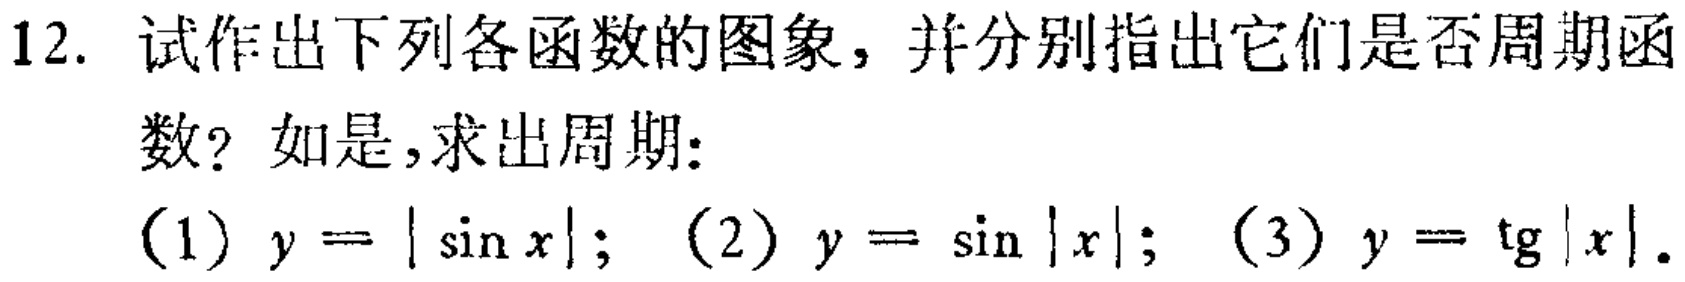
12. 试作出下列各函数的图象，并分别指出它们是否周期函数？如是，求出周期：
(1) \(y = |\sin x|\); (2) \(y=\sin|x|\); (3) \(y = \text{tg}|x|\).